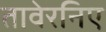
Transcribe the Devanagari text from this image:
तावेरनिए